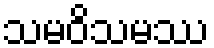
သမဝိသမဿ